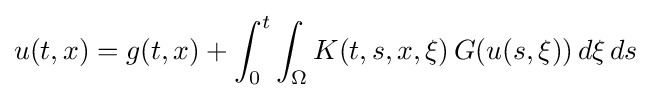
u(t,x)=g(t,x)+\int _{0}^{t}\int _{\Omega }K(t,s,x,\xi )\,G(u(s,\xi ))\,d\xi \,ds